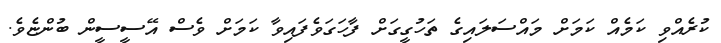
ކުރެއްވި ކަމެއް ކަމަށް މައްސަލައިގެ ތަހުގީގަށް ފާހަގަވެފައިވާ ކަމަށް ވެސް އޭސީސީން ބުންޏެވެ.